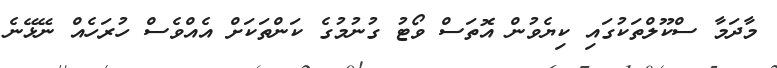
މާދަމާ ސްކޫލްތަކުގައި ކިޔެވުން އޮތަސް ވޯޓު ގުނުމުގެ ކަންތަކަށް އެއްވެސް ހުރަހެއް ނޭޅޭނެ